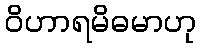
ဝိဟာရမိဓမာဟု